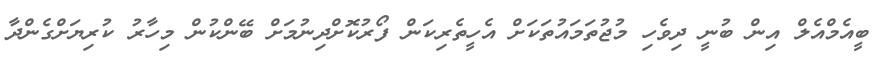
ބީއެމްއެލް އިން ބުނީ ދިވެހި މުޖުތަމައުތަކަށް އެހީތެރިކަން ފޯރުކޮށްދިނުމަށް ބޭންކުން މިހާރު ކުރިޔަށްގެންދާ